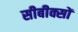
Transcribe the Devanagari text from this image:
सीबीक्सों